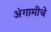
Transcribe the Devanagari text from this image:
अंगामीचे